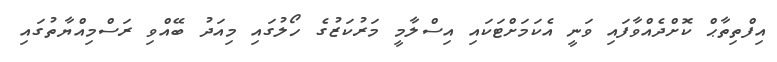
އިފްތިތާޙް ކޮށްދެއްވާފައި ވަނީ އެކަމަށްޓަކައި އިސްލާމީ މަރުކަޒުގެ ހޯލުގައި މިއަދު ބޭއްވި ރަސްމިއްޔާތުގައި